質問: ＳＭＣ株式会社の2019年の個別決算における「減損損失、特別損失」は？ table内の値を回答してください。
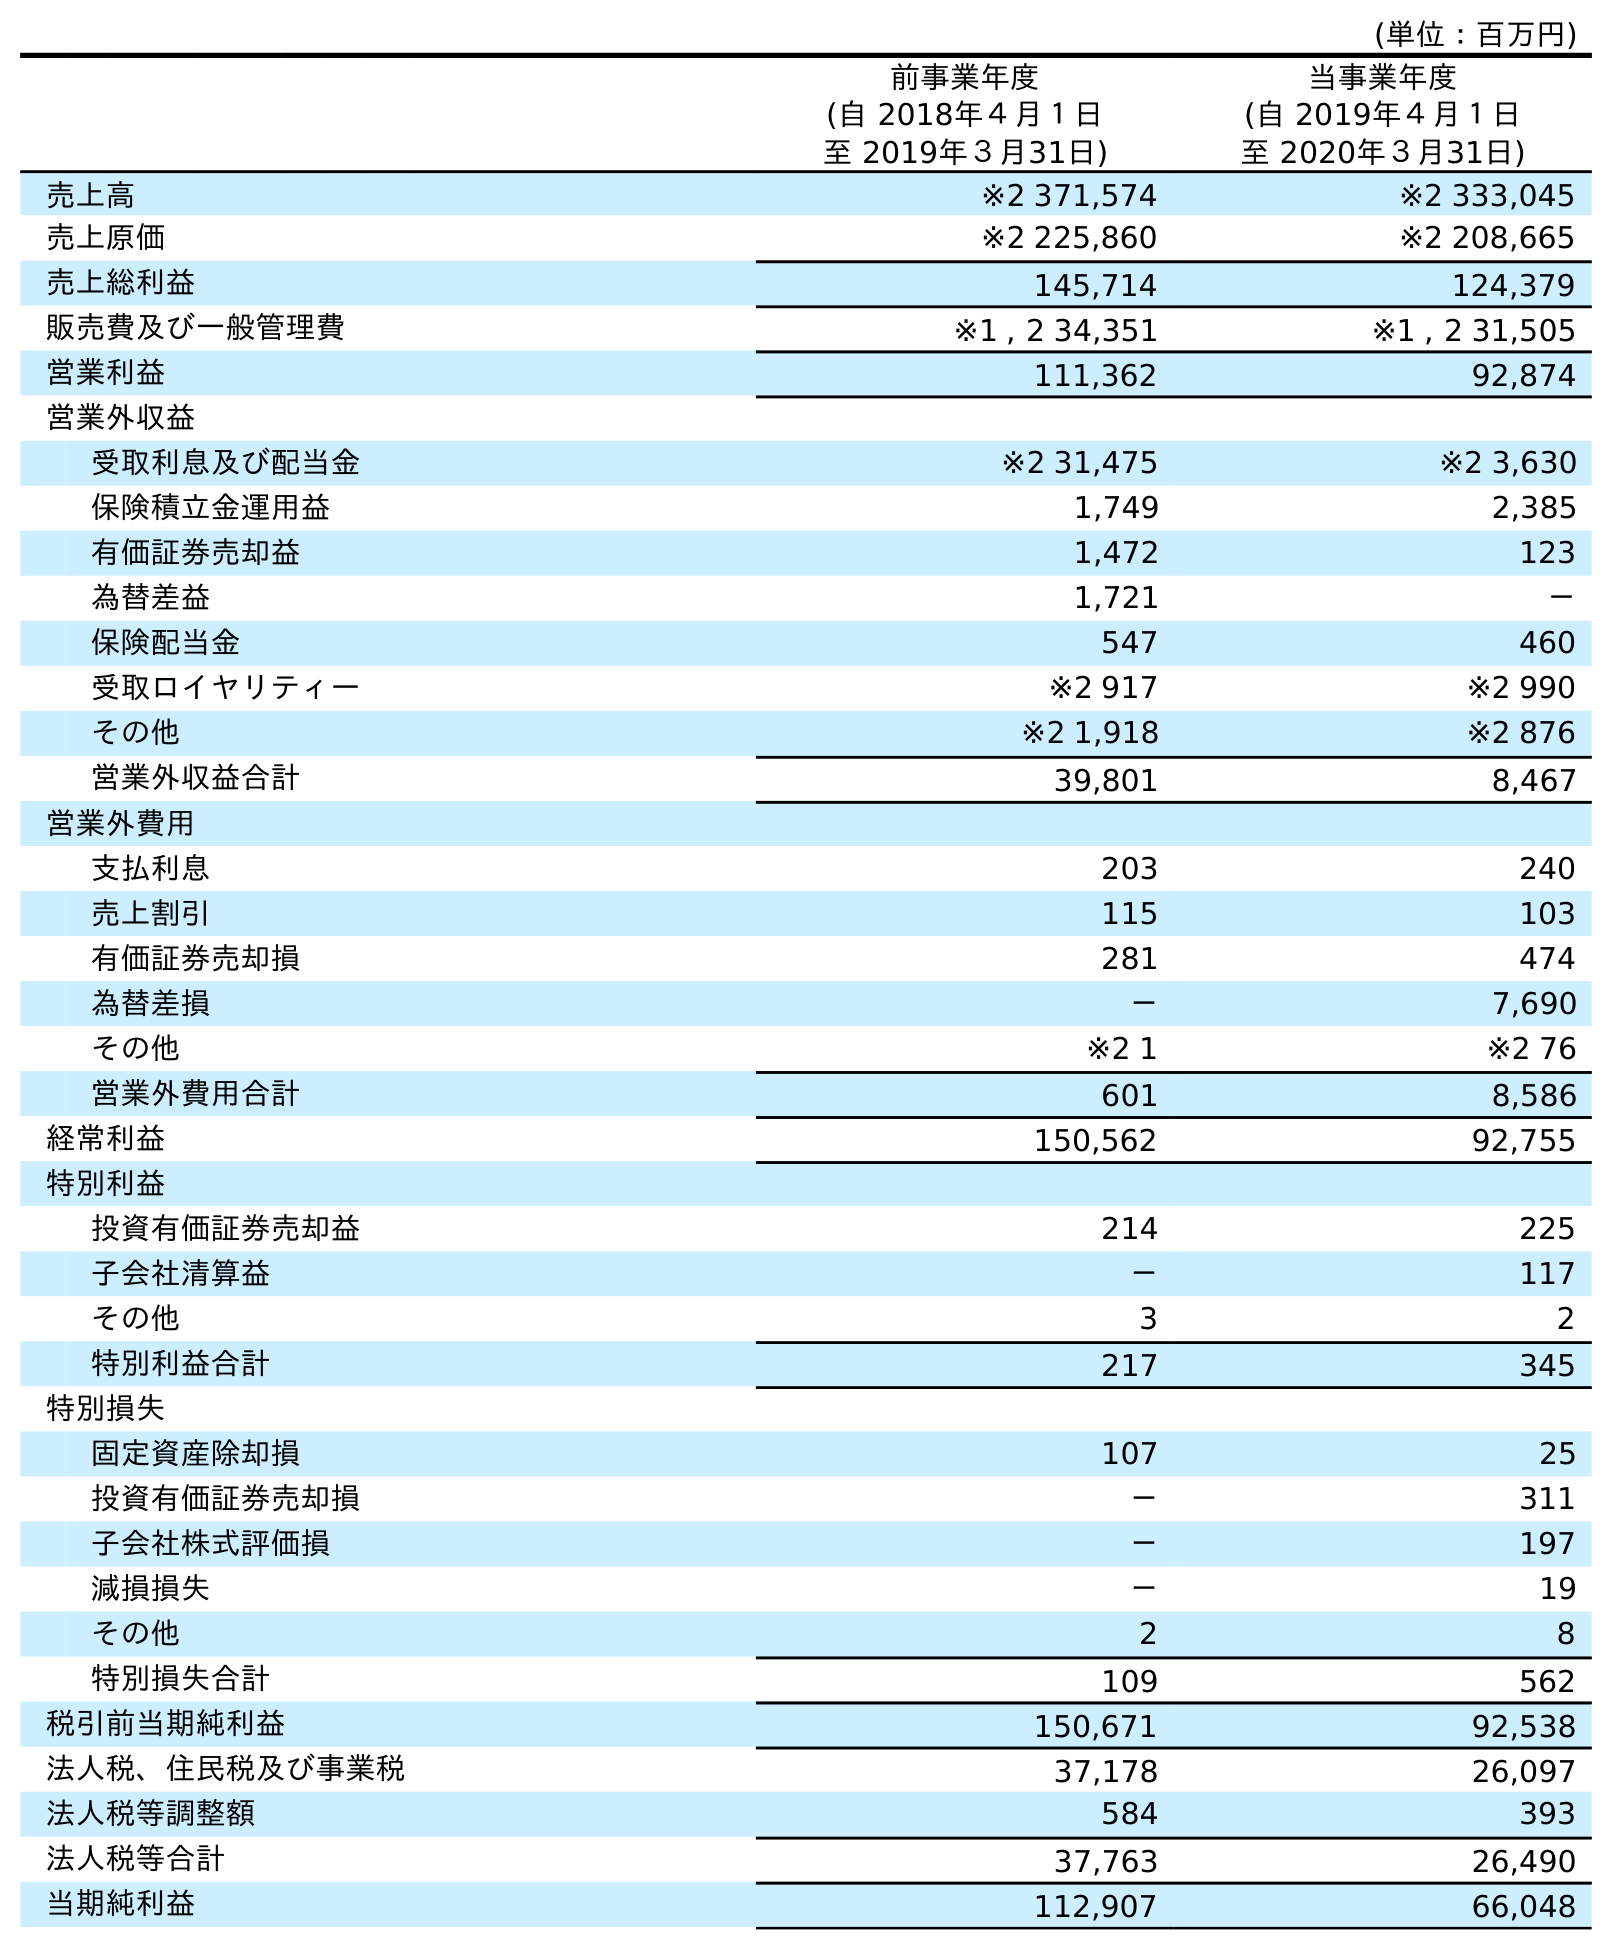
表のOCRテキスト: (単位：百万円) 前事業年度 (自 2018年４月１日 至 2019年３月31日) 当事業年度 (自 2019年４月１日 至 2020年３月31日) 売上高 ※2 371,574 ※2 333,045 売上原価 ※2 225,860 ※2 208,665 売上総利益 145,714 124,379 販売費及び一般管理費 ※1 , 2 34,351 ※1 , 2 31,505 営業利益 111,362 92,874 営業外収益 受取利息及び配当金 ※2 31,475 ※2 3,630 保険積立金運用益 1,749 2,385 有価証券売却益 1,472 123 為替差益 1,721 － 保険配当金 547 460 受取ロイヤリティー ※2 917 ※2 990 その他 ※2 1,918 ※2 876 営業外収益合計 39,801 8,467 営業外費用 支払利息 203 240 売上割引 115 103 有価証券売却損 281 474 為替差損 － 7,690 その他 ※2 1 ※2 76 営業外費用合計 601 8,586 経常利益 150,562 92,755 特別利益 投資有価証券売却益 214 225 子会社清算益 － 117 その他 3 2 特別利益合計 217 345 特別損失 固定資産除却損 107 25 投資有価証券売却損 － 311 子会社株式評価損 － 197 減損損失 － 19 その他 2 8 特別損失合計 109 562 税引前当期純利益 150,671 92,538 法人税、住民税及び事業税 37,178 26,097 法人税等調整額 584 393 法人税等合計 37,763 26,490 当期純利益 112,907 66,048
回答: －